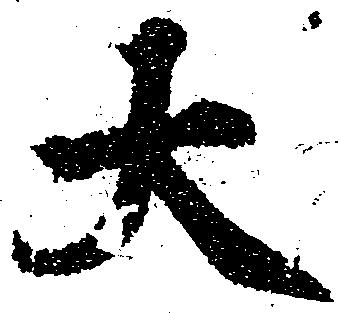
大